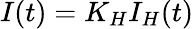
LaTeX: I(t)=K_{H}I_{H}(t)